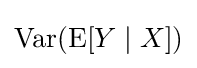
\operatorname {Var} (\operatorname {E} [Y\mid X])